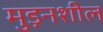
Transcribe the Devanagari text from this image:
मुड़नशील